Supplement to the account of plague administration in the Bombay Presidency from September 1896 till May 1897
Year: 1896
Disease focus: Plague
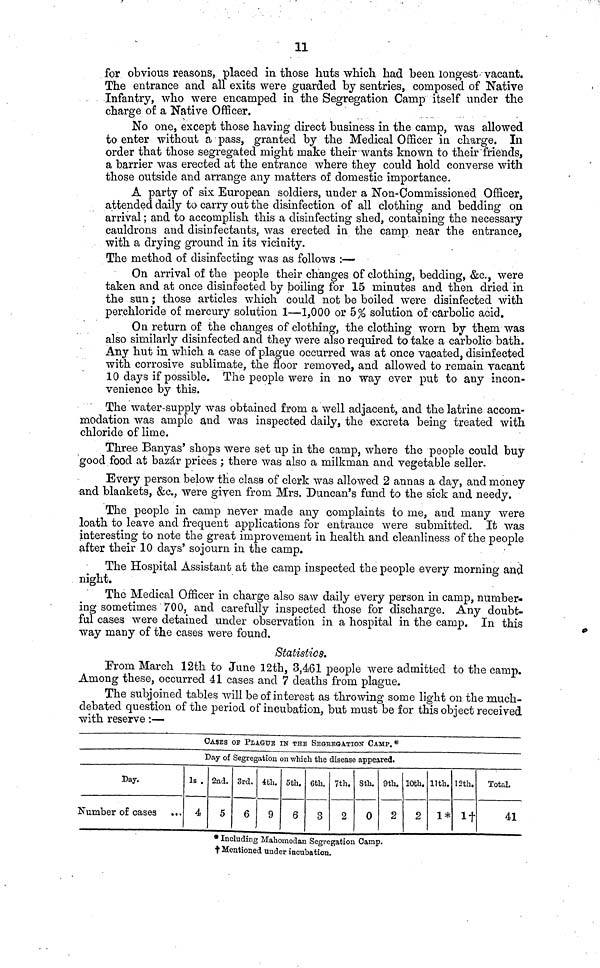
11
for obvious reasons, placed in those huts which had been longest vacant.
The entrance and all exits were guarded by sentries, composed of Native
Infantry, who were encamped in the Segregation Camp itself under the
charge of a Native Officer.
No one, except those having direct business in the camp, was allowed
to enter without a pass, granted by the Medical Officer in charge. In
order that those segregated might make their wants known to their "friends,
a barrier was erected at the entrance where they could hold converse with
those outside and arrange any matters of domestic importance.
A party of six European soldiers, under a Non-Commissioned Officer,
attended daily to carry out the disinfection of all clothing and bedding on
arrival ; and to accomplish this a disinfecting shed, containing the necessary
cauldrons and disinfectants, was erected in the camp near the entrance,
with a drying ground in its vicinity.
The method of disinfecting was as follows :—
On arrival of the people their changes of clothing, bedding, &c., were
taken and at once disinfected by boiling for 15 minutes and then dried in
the sun ; those articles which could not be boiled were disinfected with
perchloride of mercury solution 1—1,000 or 5% solution of carbolic acid.
On return of the changes of clothing, the clothing worn by them was
also similarly disinfected and they were also required to take a carbolic bath.
Any hut in which a case of plague occurred was at once vacated, disinfected
with corrosive sublimate, the floor removed, and allowed to remain vacant
10 days if possible. The people were in no way ever put to any incon-
venience by this.
The water-supply was obtained from a well adjacent, and the latrine accom-
modation was ample and was inspected daily, the excreta being treated with
chloride of lime.
Three Banyas' shops were set up in the camp, where the people could buy
good food at bazar prices ; there was also a milkman and vegetable seller.
Every person below the class of clerk was allowed 2 annas a day, and money
and blankets, &c., were given from Mrs. Duncan's fund to the sick and needy.
The people in camp never made any complaints to me, and many were
loath to leave and frequent applications for entrance were submitted. It was
interesting to note the great improvement in health and cleanliness of the people
after their 10 days' sojourn in the camp.
The Hospital Assistant at the camp inspected the people every morning and
night.
The Medical Officer in charge also saw daily every person in camp, number-
ing sometimes 700, and carefully inspected those for discharge. Any doubt-
ful cases were detained under observation in a hospital in the camp. In this
way many of the cases were found.
Statistics.
Prom March 12th to June 12th, 3,461 people were admitted to the camp.
Among these, occurred 41 cases and 7 deaths from plague.
The subjoined tables will be of interest as throwing some light on the much-
debated question of the period of incubation, but must be for this object received
with reserve :—
CASES OF PLAGUE IN THE SEGREGATION CAMP. *
Day.
Number of cases
...
Day of Segregation on which the disease appeared.
1s .
4
2nd.
5
3rd.
6
4th.
9
5th.
6
6th.
3
7th.
2
8th.
0
9th.
2
10th.
2
11th.
1*
12th.
1†
Total.
41
* Including Mahomedan Segregation Camp.
† Mentioned under incubation.